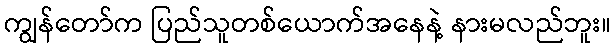
ကျွန်တော်က ပြည်သူတစ်ယောက်အနေနဲ့ နားမလည်ဘူး။